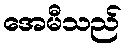
အေမီသည်